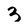
Character: 3